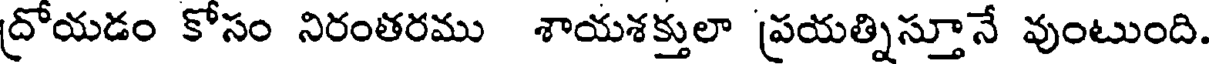
ద్రోయడం కోసం నిరంతరము శాయశక్తులా ప్రయత్నిస్తూనే వుంటుంది.